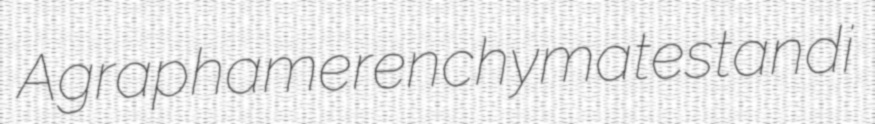
Agrapha merenchyma testandi